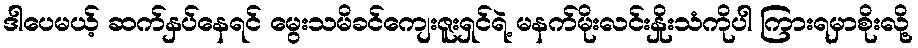
ဒါပေမယ့် ဆက်နှပ်နေရင် မွေးသမိခင်ကျေးဇူးရှင်ရဲ့ မနက်မိုးလင်းနှိုးသံကိုပါ ကြားရမှာစိုးလို့